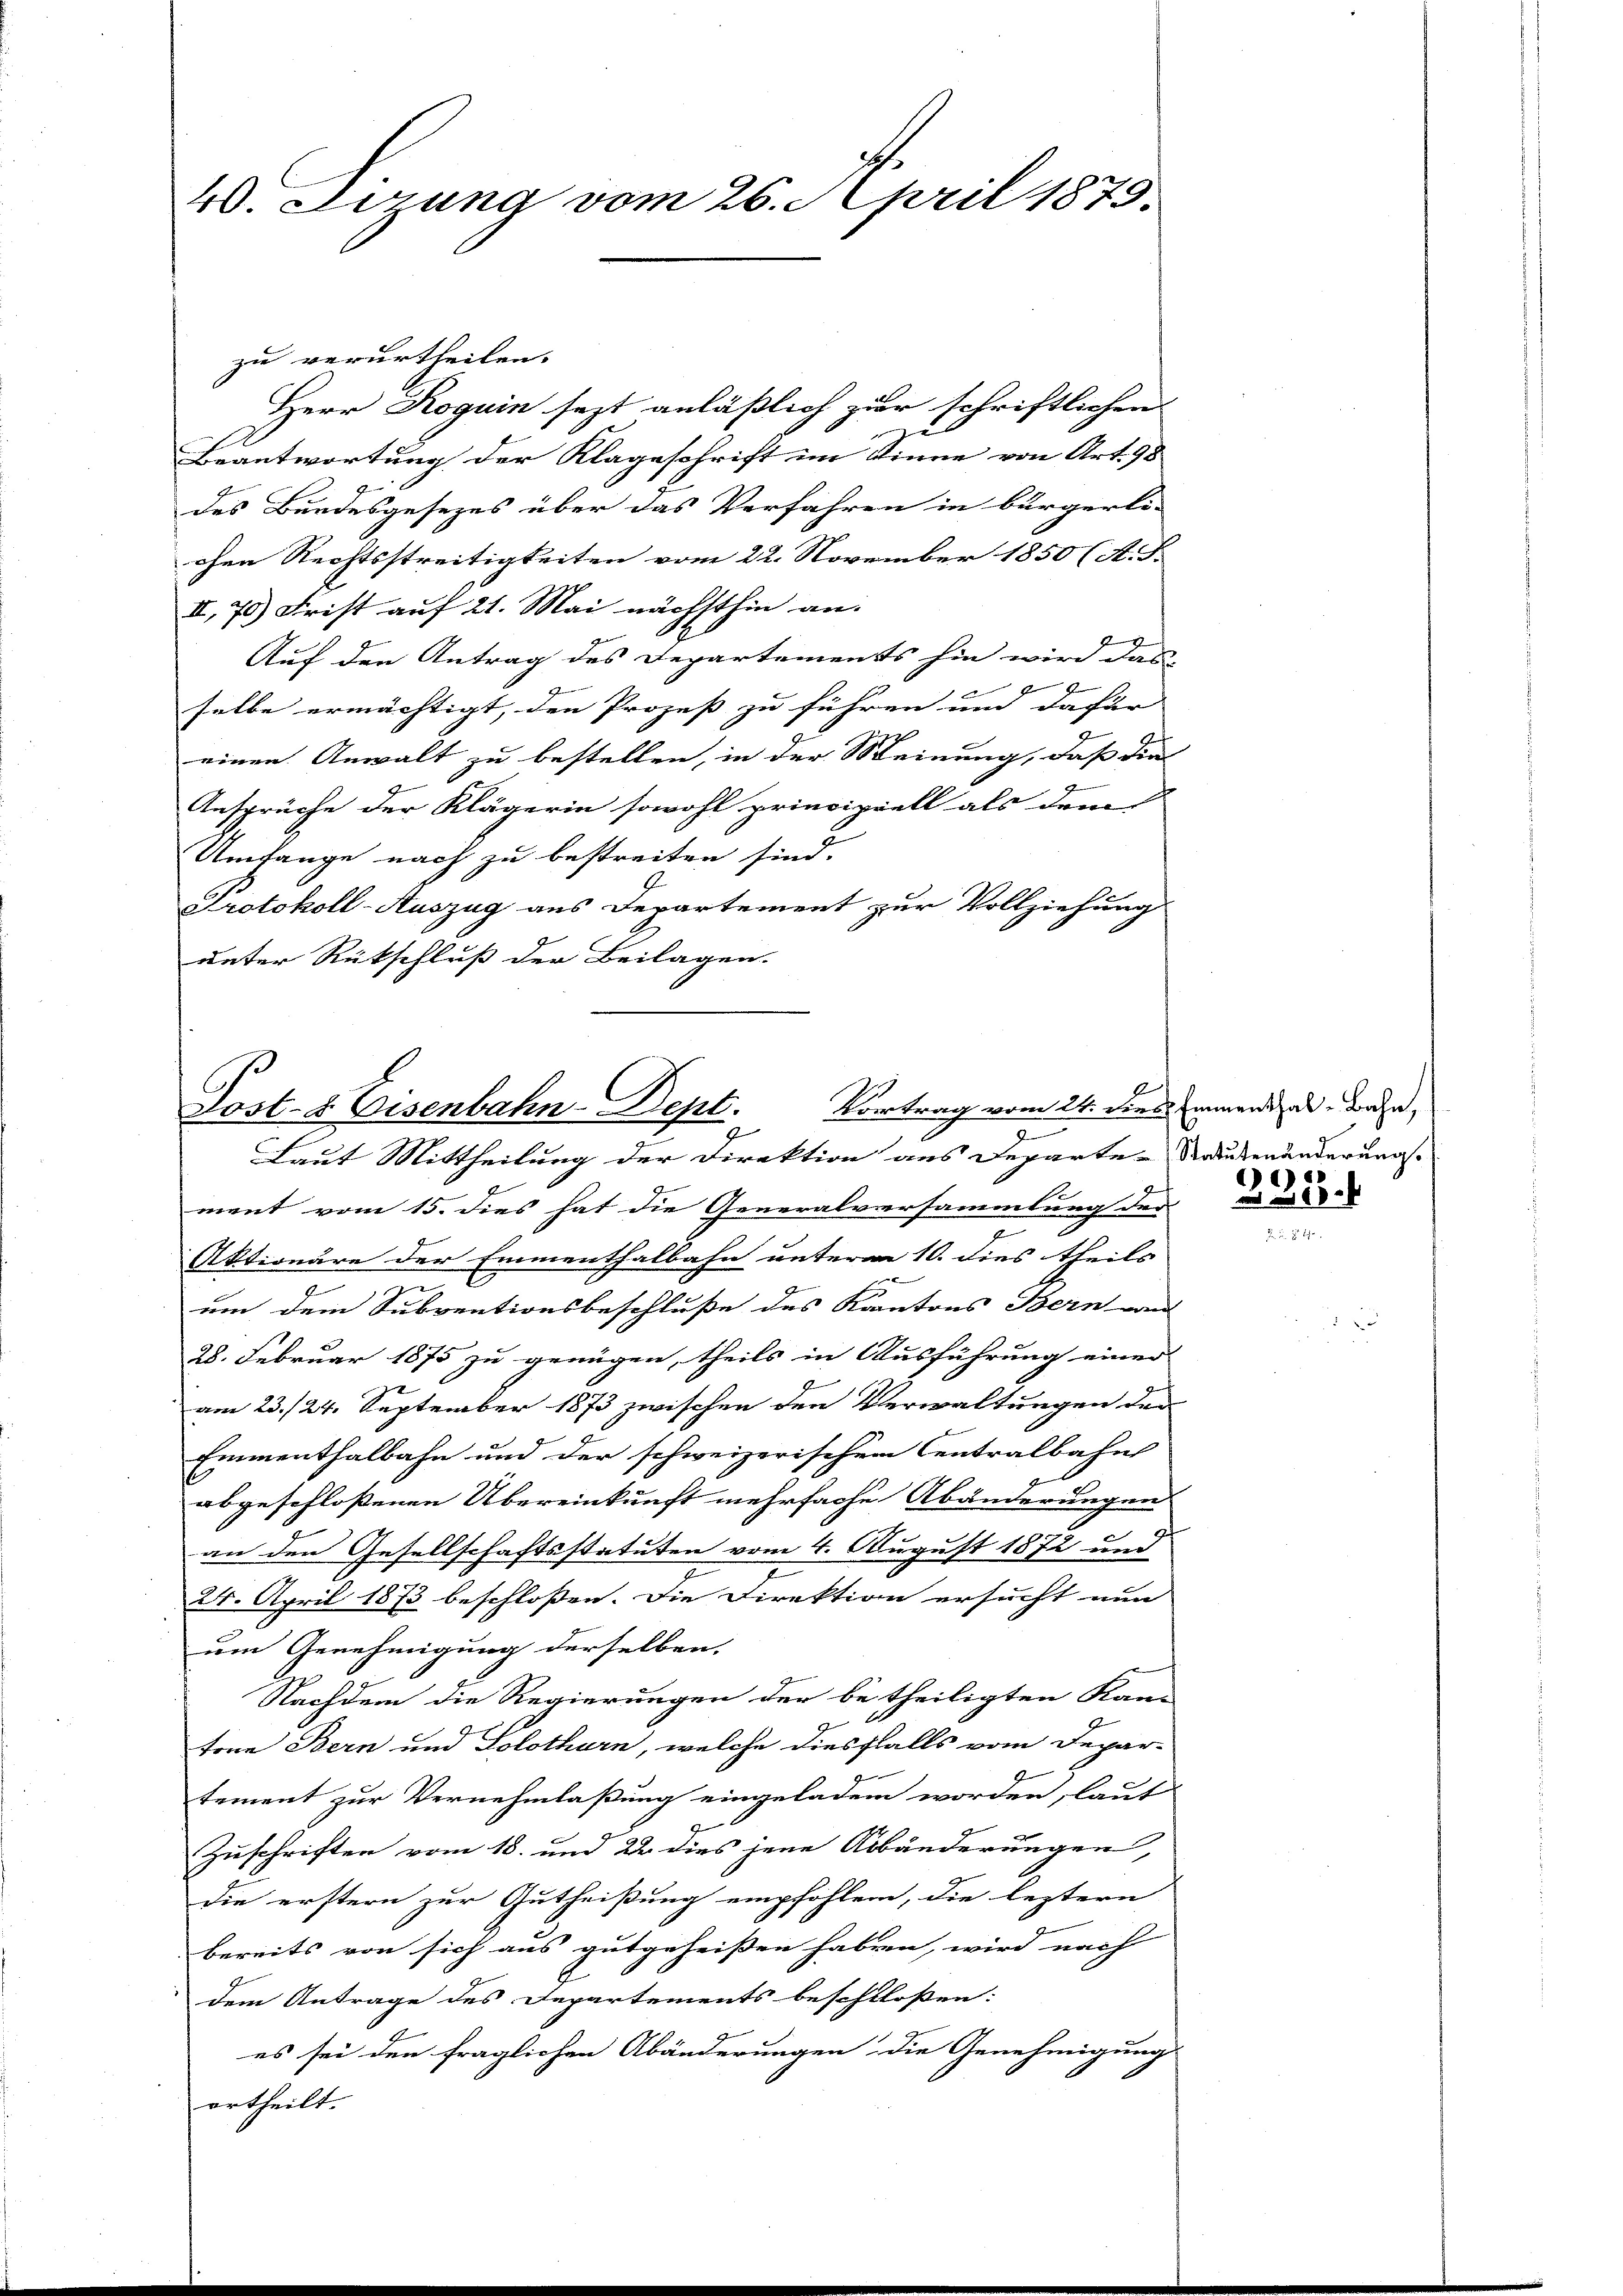
40. Lerung vom 26. April 1875.

zu verurtheilen.
Herr Roguin sezt anläßlich zur schriftlichen
z
Beantwortung der Klageschrift im Sinne von Art. 98
des Bundesgesezes über das Verfahren in bürgerli-
chen Rechtsstreitigkeiten vom 22. November 1850 (A. S.
II. 75) Frist auf 21. Mai nächsthin an.
g
Auf den Antrag des Departements hin wird das
selbe ermächtigt, den Prozeß zu führen und dafür |
einen Anwalt zu bestellen, in der Meinung, daß die
g
Ansprüche der Klägerin sowohl principiell als dem
Umfange nach zu bestreiten sind.
Protokoll-Auszug aus Departement zur Vollziehung
unter Rückschluß der Beilagen.

Post- & Eisenbahn-Dept. Vortrag vom 24. Diels innenden, worde

s

Laut Mittheilung der Direktion aus Departe-Sautenänderung
ment vom 15. dies hat die Generalversammlung der
Aktionäre der Emmenthalbahn unterm 10. dies theils
n
um dem Subventionsbeschluße des Kantons Bern von
28. Februar 1875 zu genügen, theils in Ausführung einer
am 23./24. September 1873 zwischen den Verwaltungen der
Emmenthalbahn und der schweizerischem Centralbahn
abgeschloßenen Übereinkunft mehrfache Abänderungen
an den Gesellschaftsstatuten vom 4. August 1872 und
24. April 1873 beschlossen. Die Direktion ersucht nun
um Genehmigung derselben,
Nachdem die Regierungen der betheiligten Kan
fene Bern und Solothurn, welche diesfalls vom Depar-
tement zur Vernehmlaßung eingeladen worden, lauf
Zuschriften vom 18. und 22 dies jene Abänderungen,
die erstern zur Gutheißung empfohlen, die leztern
bereits von sich aus gutgeheißen haben, wird nach
dem Antrage des Departements beschlossen:
es sei den fraglichen Abänderungen die Genehmigung
ertheilt.

335.